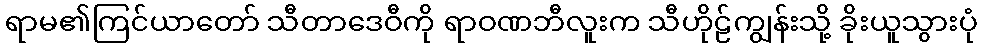
ရာမ၏ကြင်ယာတော် သီတာဒေဝီကို ရာဝဏဘီလူးက သီဟိုဠ်ကျွန်းသို့ ခိုးယူသွားပုံ